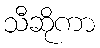
သီဆိုကာ